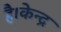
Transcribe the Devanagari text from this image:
है।केन्द्र